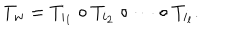
LaTeX: T _ { w } = T _ { i _ { 1 } } \circ T _ { i _ { 2 } } \circ \cdots \circ T _ { i _ { l } } .